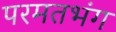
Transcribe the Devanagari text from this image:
परमतभंग